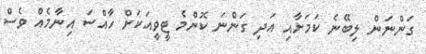
ގަންނަން ލިބޭނެ ކަމަށާއި އަދި ގަންނަ ކޮންމެ ޓީވީއަކަށް ހާއްސަ އިނާމެއް ވެސް